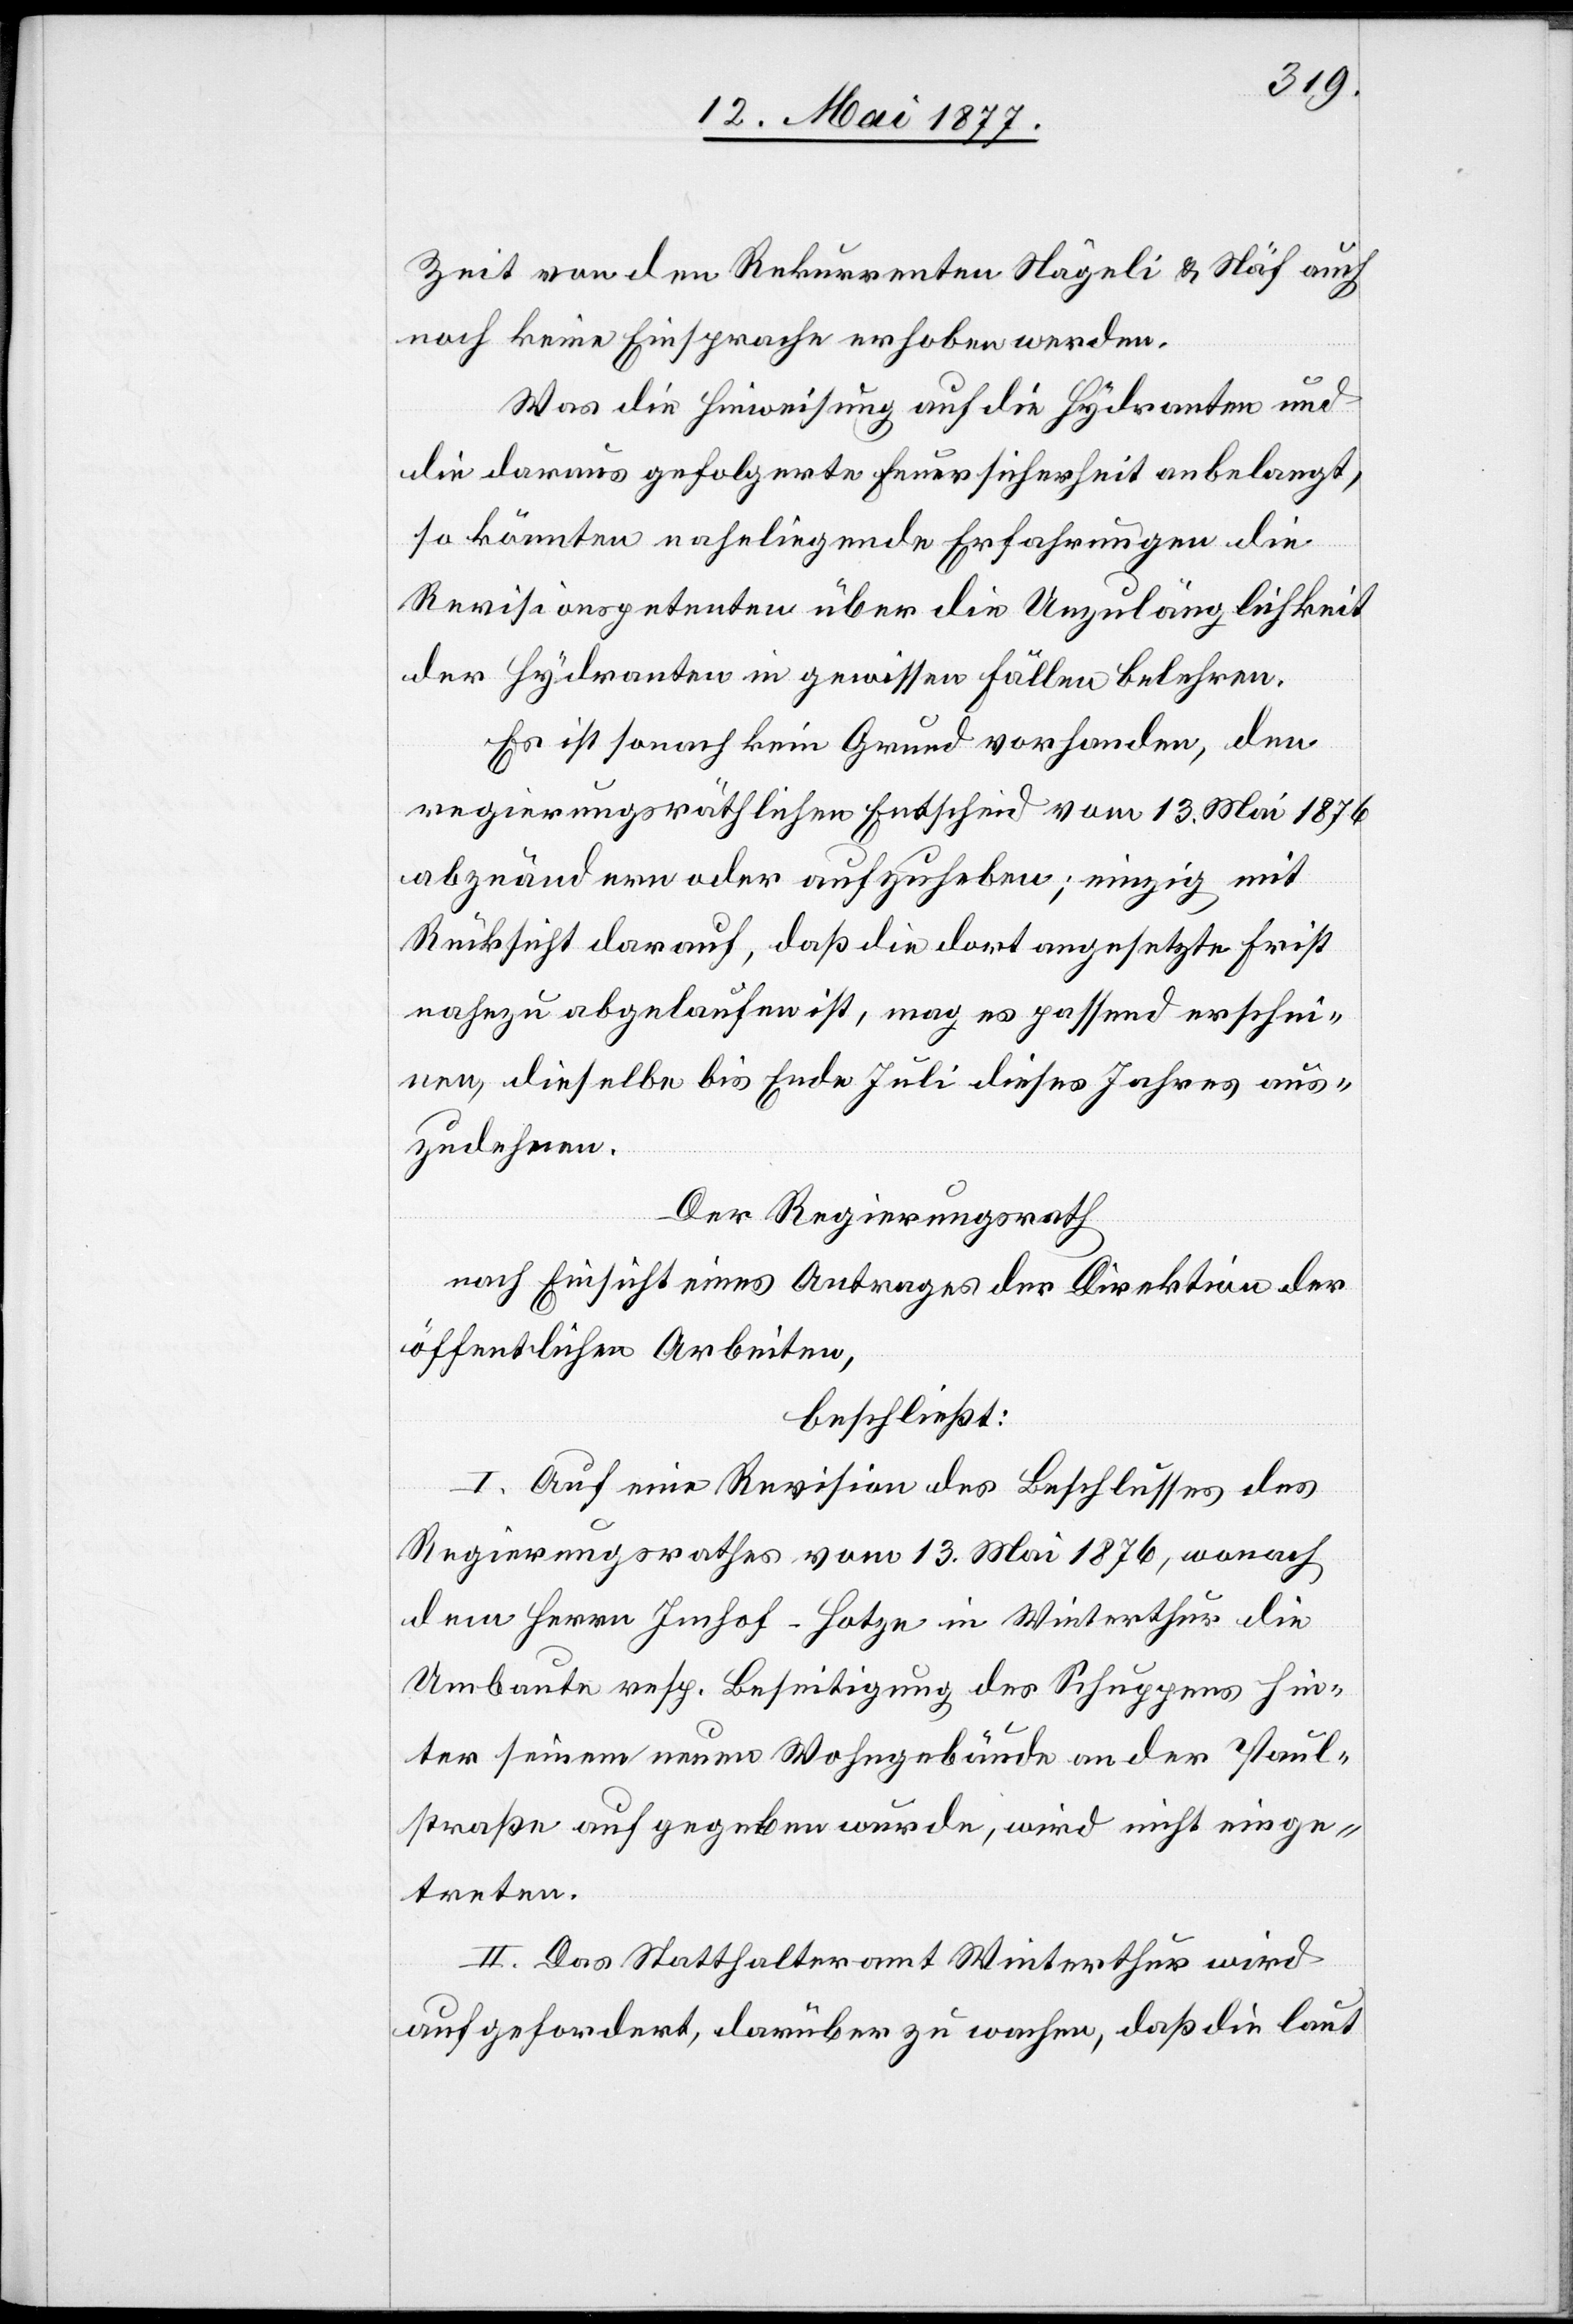
Zeit von den Rekurrenten Nägeli & Näf auch
noch keine Einsprache erhoben werden.
Was die Hinweisung auf die Hydranten und
die daraus gefolgerte Feuersicherheit anbelangt,
so könnten naheliegende Erfahrungen die
Revisionspetenten über die Unzulänglichkeit
der Hydranten in gewissen Fällen belehren.
Es ist sonach kein Grund vorhanden, den
regierungsräthlichen Entscheid vom 13. Mai 1876
abzuändern oder aufzuheben; einzig mit
Rücksicht darauf, daß die dort angesetzte Frist
nahezu abgelaufen ist, mag es passend erschei¬
nen, dieselbe bis Ende Juli dieses Jahres aus¬
zudehnen.
Der Regierungsrath,
nach Einsicht eines Antrages der Direktion der
öffentlichen Arbeiten,
beschließt:
I. Auf eine Revision des Beschlusses des
Regierungsrathes vom 13. Mai 1876, wonach
dem Herrn Imhof-Hotze in Winterthur die
Umbaute resp. Beseitigung des Schuppens hin¬
ter seinem neuen Wohngebäude an der Paul¬
straße aufgegeben wurde, wird nicht einge¬
treten.
II. Das Statthalteramt Winterthur wird
aufgefordert, darüber zu wachen, daß die laut